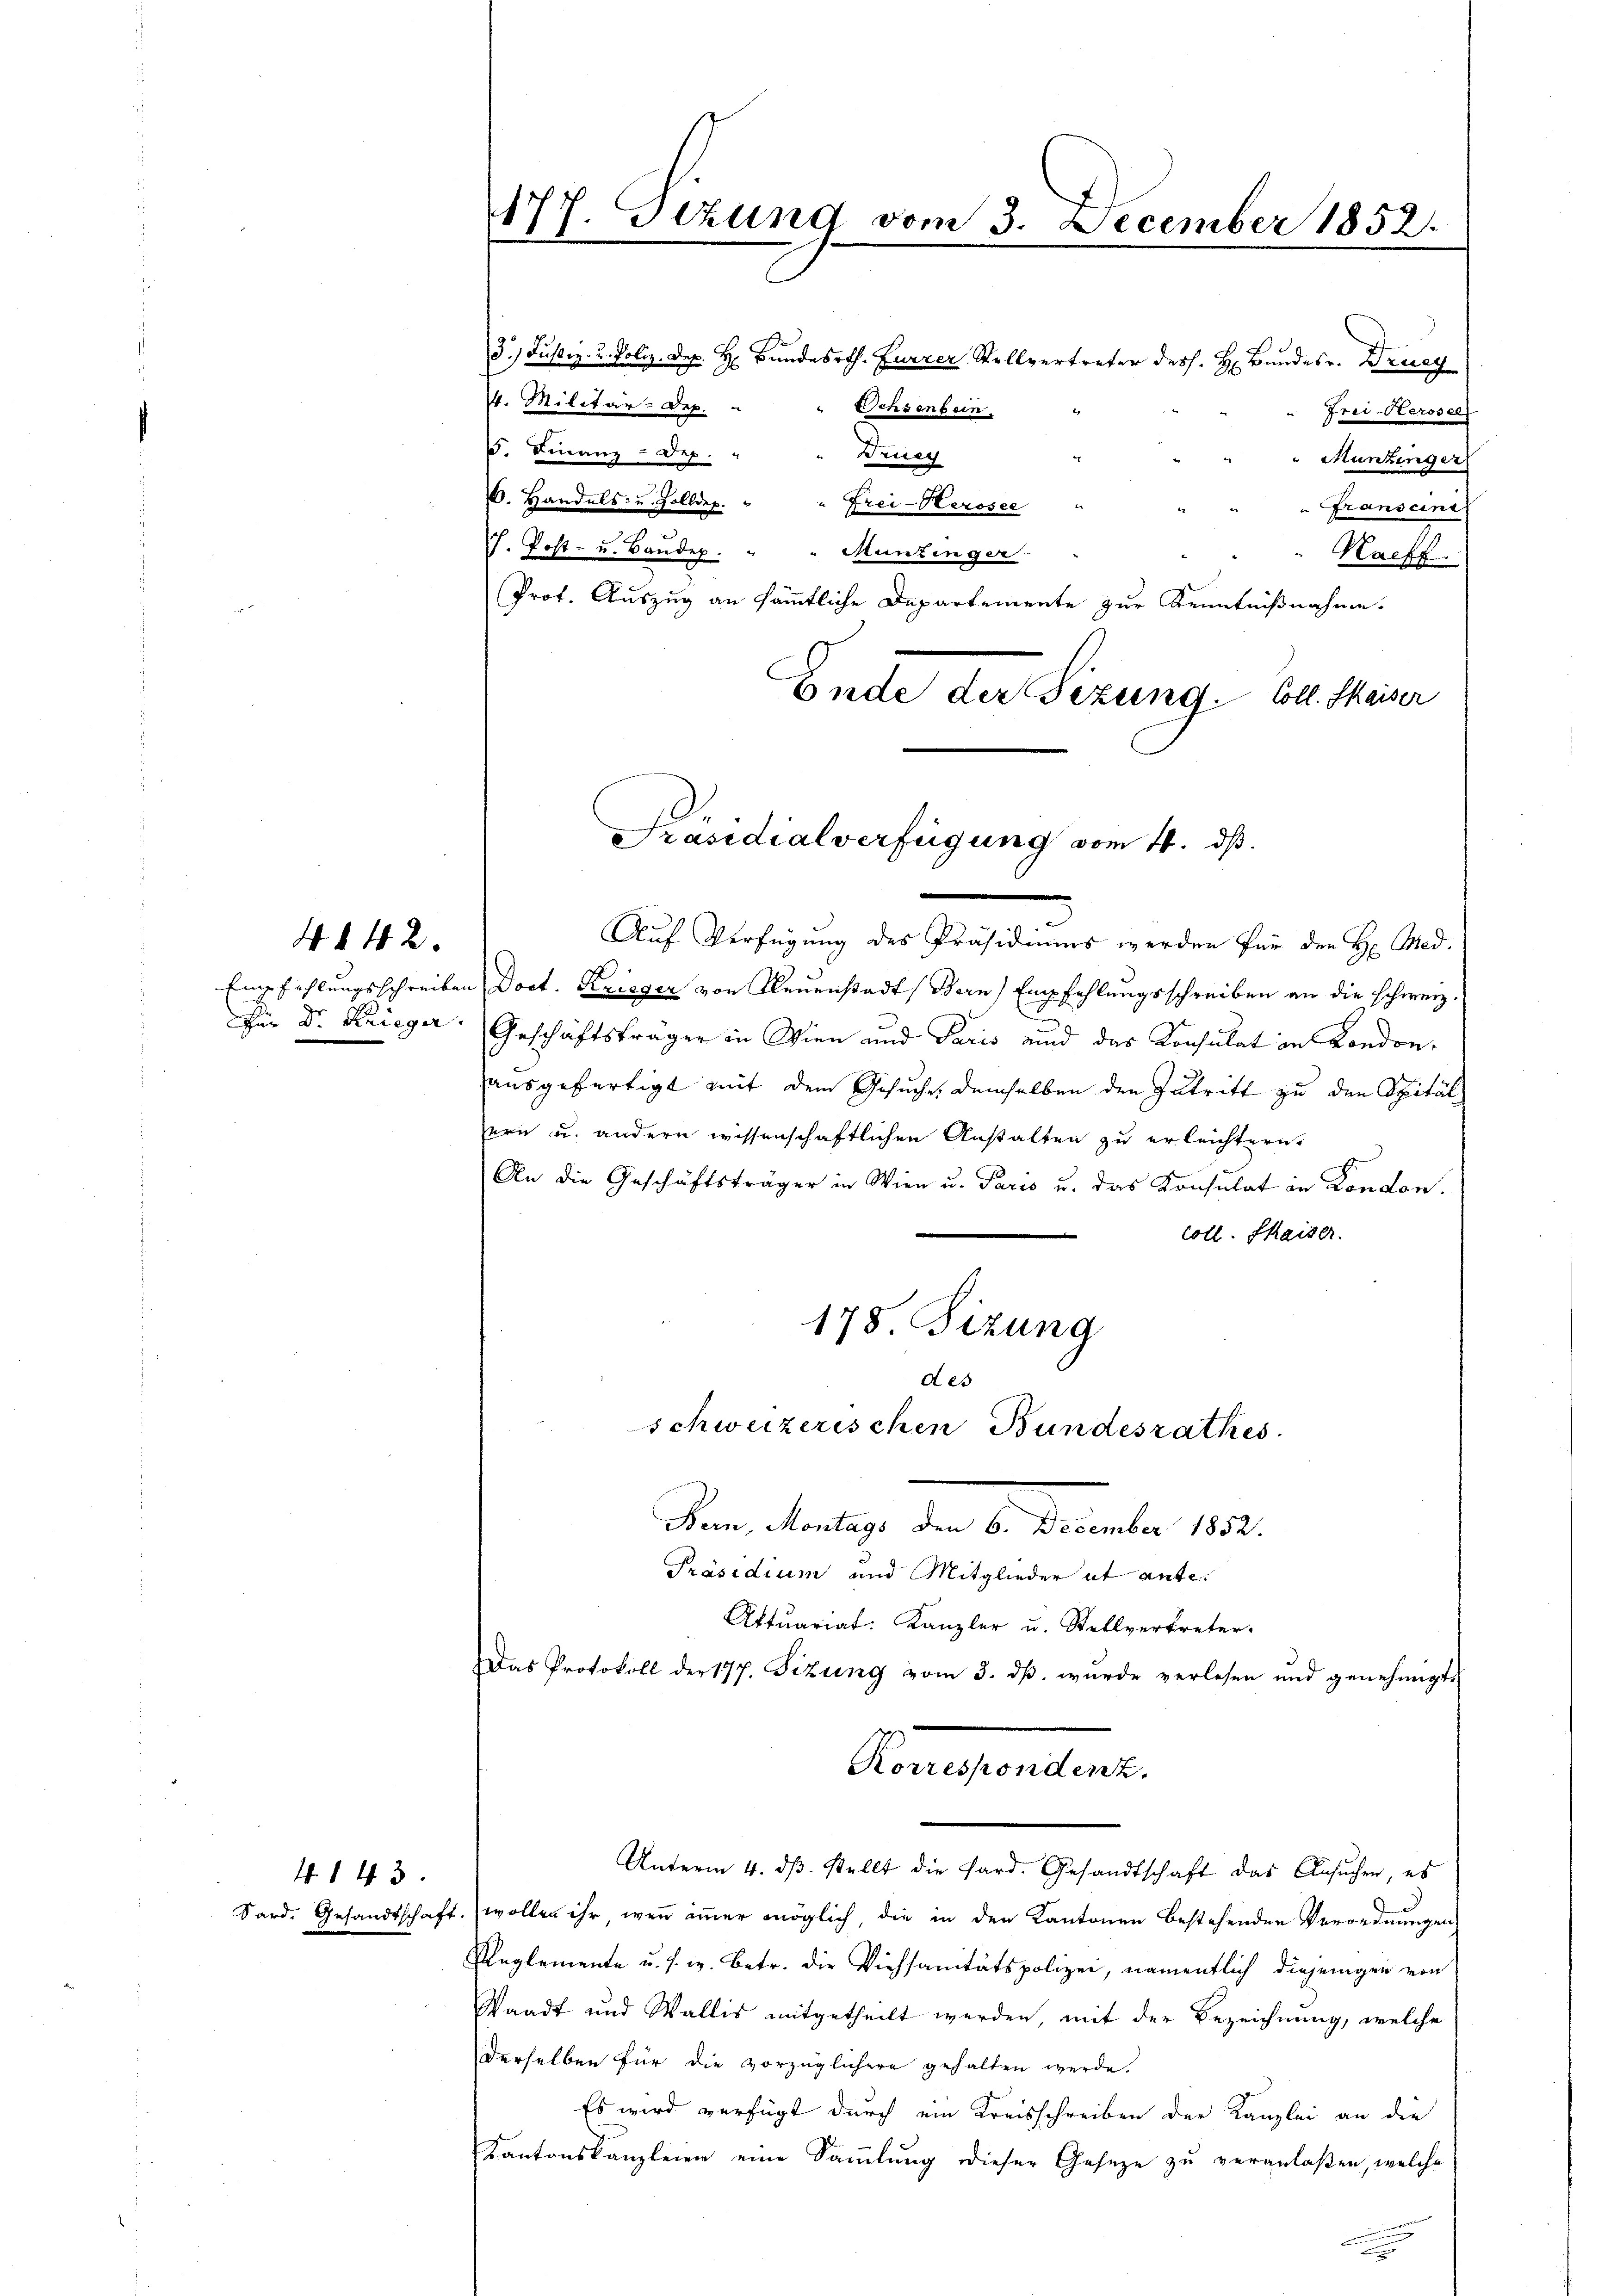
4 § 42.

Sard. Gesandtschaft

4143.

Für Dr. Krieger.

177. Sizung vom 3. December 1852.
.

3. Justiz- u. Poliz. Dep. H. Bundesrth. Furrer Stellvertreter dess. H. Bundesr. Dricy
4. Militär-Dep.
schsenbein
Frei-Kerosel
. Finanz-Dep
Briner
"Munzinger
6. Handels- u. Zolldep.
Frei-Kerosee "
" Franseine
J. Post- u. Baudep.
Munzinger
Kaeff.
Prof. Auszug an sämmtliche Departemente zur Kenntnißnahme.
Ende der Sizung. Coll. Kaiser
Auf Verfügung des Präsidiums werden für den H. Med.
Empfehlungsschreiben Doct. Krieger von Neuenstadt Bern) Empfehlungsschreiben an die schweiz.
Geschäftsträger in Wien und Paris und das Konsulat in Londonausgefertigt mit dem Gesuche, demselben den Zutritt zu den Spitäl
ern u. andern wissenschaftlichen Anstalten zu erleichtern.
An die Geschäftsträger in Wien u. Paris u. das Konsulat in London.
coll. Kaiser.
178. Sizung
des
schweizerischen Bundesrathes.
Per Montag, den 6. December 189.
Präsidium und Mitglieder ut anten
Aktuariat. Kanzler u. Stellvertreter-
Das Protokoll der 177. Sizung vom 3. dβ. wurde verlesen und genehmigt
Konsentars.
Unterm 4. dβ. stellt die Hard. Gesandtschaft das Ansuchen, es
wollen ihr, wenn immer möglich, die in den Kantonen bestehenden Verordnungen
Reglemente u. s. w. Betr. die Viehsanitätspolizei, namentlich diejenigen von
Staadt und Wallis mitgetheilt werden, mit der Bezeichnung, welche
derselben für die vorzüglichere gehalten werde.
Es wird verfügt durch ein Kreisschreiben der Kanzlei an die
Kantonskanzleien eine Sammlung dieser Geseze zu veranlaßen, welche

Präsidialverfügung vom 4. ds.